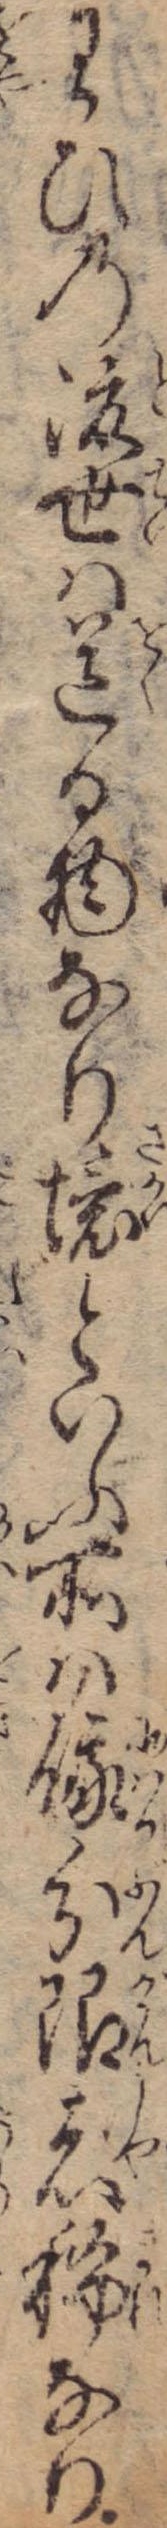
わひの渡世は送る物なり境といふ所は俄分限者稀なり